Problem: 8 + 2 = ?
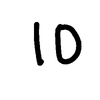
Handwritten answer: 10